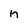
Character: n